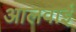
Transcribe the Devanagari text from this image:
आलवाई